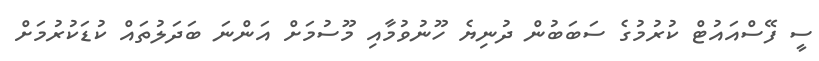
ސީ ފޭސްއައުޓް ކުރުމުގެ ސަބަބުން ދުނިޔެ ހޫނުވުމާއި މޫސުމަށް އަންނަ ބަދަލުތައް ކުޑަކުރުމަށް